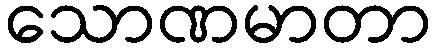
သောဏမာတာ